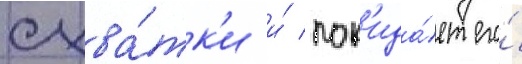
схва́тк'и и́ пок'ида́ет его́